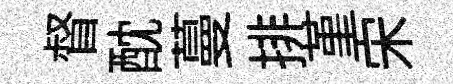
督酖蔓排堇宋